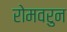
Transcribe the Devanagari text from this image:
रोमवरुन